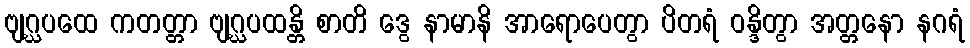
ဗျဂ္ဃပထေ ကတတ္တာ ဗျဂ္ဃပထန္တိ စာတိ ဒွေ နာမာနိ အာရောပေတွာ ပိတရံ ဝန္ဒိတွာ အတ္တနော နဂရံ